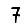
Digit: 7